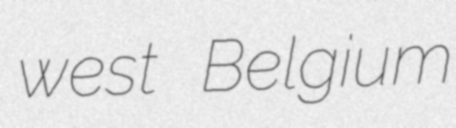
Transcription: west Belgium